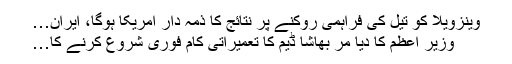
وینزویلا کو تیل کی فراہمی روکنے پر نتائج کا ذمہ دار امریکا ہوگا، ایران…
وزیر اعظم کا دیا مر بھاشا ڈیم کا تعمیراتی کام فوری شروع کرنے کا…